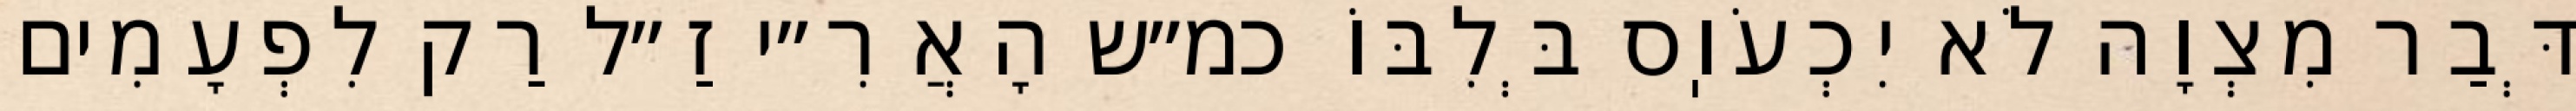
דְּבַר מִצְוָה לֹא יִכְעֹוֽס בְּלִבּוֹ כמ״ש הָאֲרִ״י זַ״ל רַק לִפְעָמִים